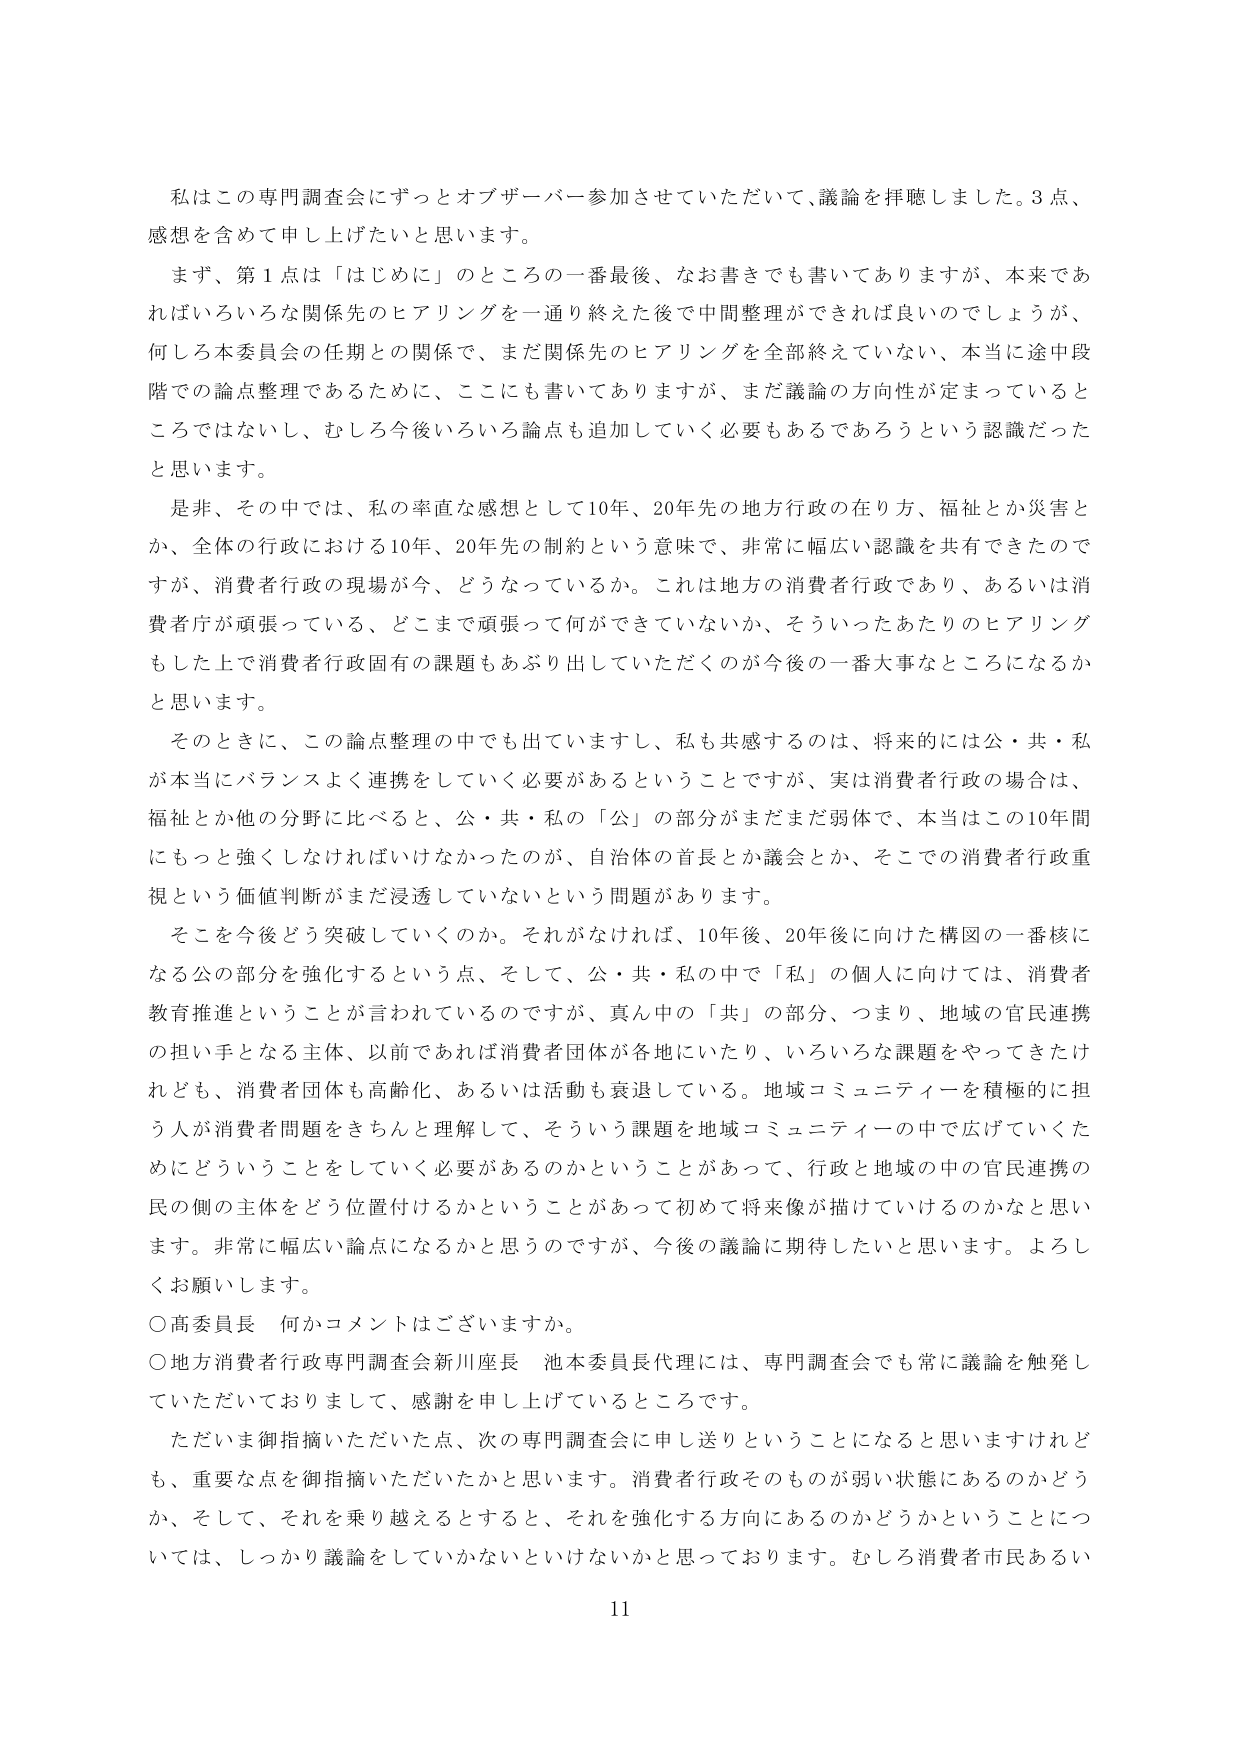
私はこの専門調査会にずっとオブザーバー参加させていただいて、議論を拝聴しました。3点、感想を含めて申し上げたいと思います。

まず、第1点は「はじめに」のところの一番最後、なお書きでも書いてありますが、本来であればいろいろな関係先のヒアリングを一通り終えた後で中間整理ができれば良いのでしょうが、何しろ本委員会の任期との関係で、まだ関係先のヒアリングを全部終えていない、本当に途中段階での論点整理であるために、ここにも書いてありますが、まだ議論の方向性が定まっているところではないし、むしろ今後いろいろ論点も追加していく必要もあるであろうという認識だったと思います。

是非、その中では、私の率直な感想として10年、20年先の地方行政の在り方、福祉とか災害とか、全体の行政における10年、20年先の制約という意味で、非常に幅広い認識を共有できたのですが、消費者行政の現場が今、どうなっているか。これは地方の消費者行政であり、あるいは消費者庁が頑張っている、どこまで頑張って何ができていないか、そういったあたりのヒアリングもした上で消費者行政固有の課題もあぶり出していただくのが今後の一番大事なところになるかと思います。

そのときに、この論点整理の中でも出ていますし、私も共感するのは、将来的には公・共・私があらかじめバランスよく連携をしていく必要があるということですが、実は消費者行政の場合は、福祉とか他の分野に比べると、公・共・私の中の「公」の部分がまだまだ弱体で、本当はこの10年間にもっと強くしなければいけなかったのが、自治体の首長とか議会とか、そこでの消費者行政重視という価値判断がまだ浸透していないという問題があります。

そこを今後どう突破していくのか。それがなければ、10年後、20年後へ向けた構図の一番核になる公の部分を強化するという点、そして、公・共・私の中で「私」の個人に向けては、消費者教育推進ということが言われているのですが、真ん中の「共」の部分、つまり、地域の官民連携の担い手となる主体、以前であれば消費者団体が各地にいたり、いろいろな課題をやってきたけれども、消費者団体も高齢化、あるいは活動も衰退している。地域コミュニティーや積極的に担う人が消費者問題をきちんと理解して、そういう課題を地域コミュニティーの中で広げていくためにどういうことをしていく必要があるのかということがあって、行政と地域の中の官民連携の民の側の主体をどう位置付けるかということがあって初めて将来像が描けていけるのかなと思います。非常に幅広い論点になるかと思うのですが、今後の議論に期待したいと思います。よろしくお願いします。

○高委員長 何かコメントはございますか。

○地方消費者行政専門調査会新川座長 池本委員長代理には、専門調査会でも常に議論を触発していただいておりまして、感謝を申し上げているところです。

ただいま御指摘いただいた点、次の専門調査会に申し送りということになると思いますけれども、重要な点を御指摘いただいたかと思います。消費者行政そのものが弱い状態にあるのかどうか、そして、それを乗り越えるとすると、それを強化する方向にあるのかどうかということについては、しっかり議論をしていかないといけないかと思っております。むしろ消費者市民あるい

11